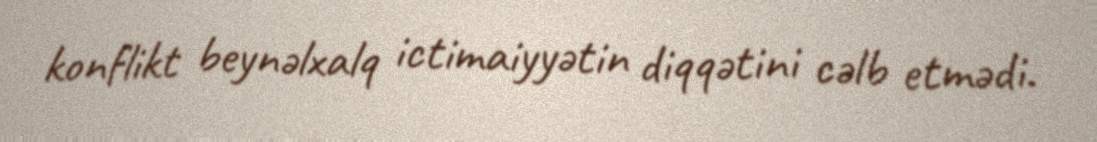
konflikt beynəlxalq ictimaiyyətin diqqətini cəlb etmədi.